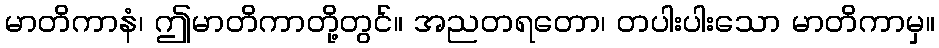
မာတိကာနံ၊ ဤမာတိကာတို့တွင်။ အညတရတော၊ တပါးပါးသော မာတိကာမှ။